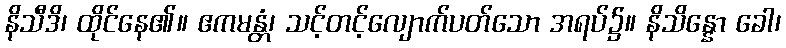
နိသီဒိ၊ ထိုင်နေ၏။ ဧကမန္တံ၊ သင့်တင့်လျောက်ပတ်သော အရပ်၌။ နိသိန္နော ခေါ၊